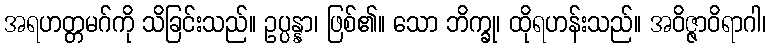
အရဟတ္တမဂ်ကို သိခြင်းသည်။ ဥပ္ပန္နာ၊ ဖြစ်၏။ သော ဘိက္ခု၊ ထိုရဟန်းသည်။ အဝိဇ္ဇာဝိရာဂါ၊